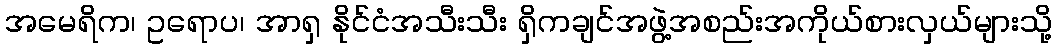
အမေရိက၊ ဥရောပ၊ အာရှ နိုင်ငံအသီးသီး ရှိကချင်အဖွဲ့အစည်းအကိုယ်စားလှယ်များသို့